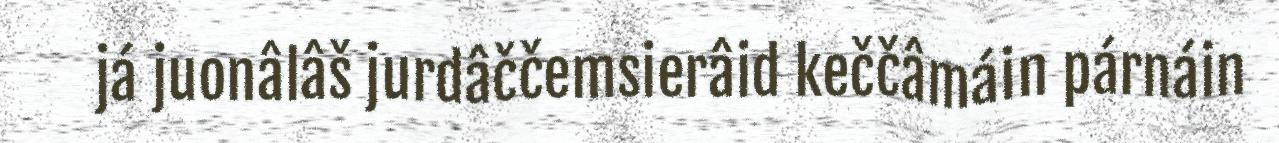
já juonâlâš jurdâččemsierâid keččâmáin párnáin